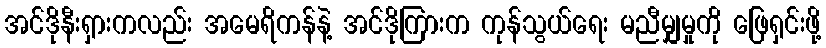
အင်ဒိုနီးရှားကလည်း အမေရိကန်နဲ့ အင်ဒိုကြားက ကုန်သွယ်ရေး မညီမျှမှုကို ဖြေရှင်းဖို့